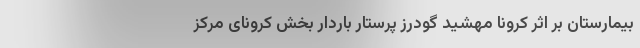
بیمارستان بر اثر کرونا مهشید گودرز پرستار باردار بخش کرونای مرکز